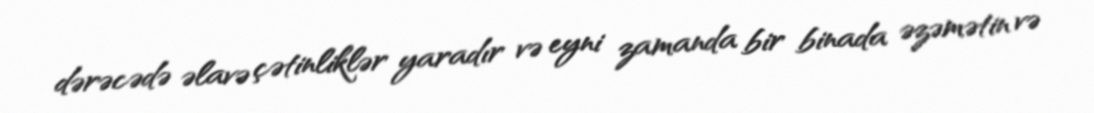
dərəcədə əlavə çətinliklər yaradır və eyni zamanda bir binada əzəmətin və